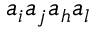
a _ { i } a _ { j } a _ { h } a _ { l }